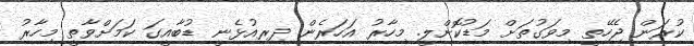
ކުރަން ޖެހޭތީ މިވަގުތަށް މަޑުކޮށްލީ. މިހާރު އަހަރެން ދިރިއުޅެނީ ޑުބާއީގަ ކަމަށްވާތީ މިހާރު